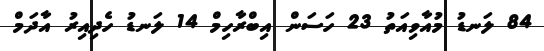
84 ލަނޑު މުއާވިއަތު 23 ހަސަން އިބްރާހިމް 14 ލަނޑު ހެދިއިރު އާދަމް